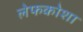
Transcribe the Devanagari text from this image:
लेफकोशा